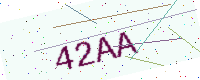
Text: 42AA